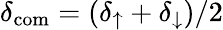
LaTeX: \delta_{\mathrm{com}}=(\delta_{\uparrow}+\delta_{\downarrow})/2